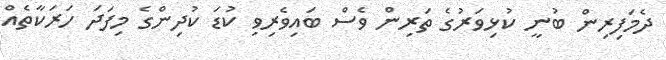
ދެމަފިރިން ބުނީ ކުޅިވަރުގެ ތަރިން ވެސް ބައިވެރިވި ކުޑަ ކުދިންގެ މިފަދަ ހަރަކާތެއް